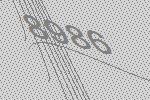
8986